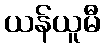
ယန်ယူမီ